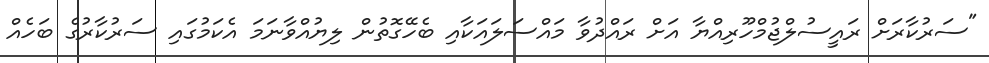
"ސަރުކާރަށް ރައީސުލްޖުމްހޫރިއްޔާ އަށް ރައްދުވާ މައްސަލައަކާއި ބެހޭގޮތުން ލިޔުއްވާނަމަަ އެކަމުގައި ސަރުކާރުގެ ބަހެއް